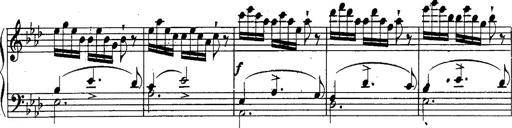
Title: Schubert's Impromptus [revised and edited by Franz Liszt]
Composer: Franz Liszt